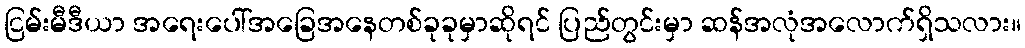
ငြမ်းမီဒီယာ အရေးပေါ်အခြေအနေတစ်ခုခုမှာဆိုရင် ပြည်တွင်းမှာ ဆန်အလုံအလောက်ရှိသလား။